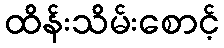
ထိန်းသိမ်းစောင့်